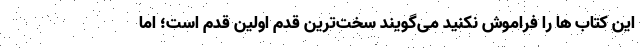
این کتاب ها را فراموش نکنید می‌گویند سخت‌ترین قدم اولین قدم است؛ اما